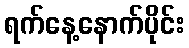
ရက်နေ့နောက်ပိုင်း